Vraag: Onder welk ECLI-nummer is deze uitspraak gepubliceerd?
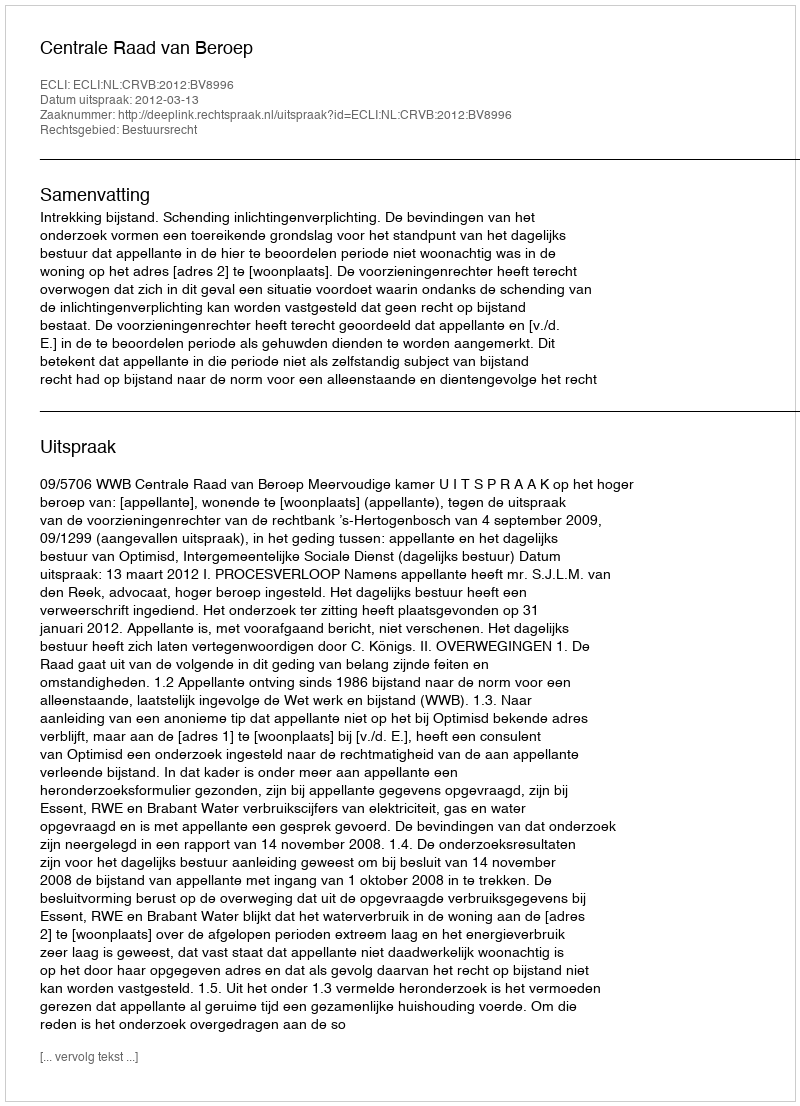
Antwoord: ECLI:NL:CRVB:2012:BV8996